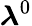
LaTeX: \boldsymbol{\lambda}^{0}